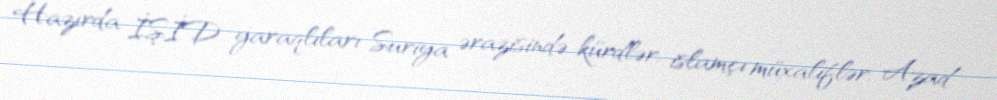
Hazırda İŞİD yaraqlıları Suriya ərazisində kürdlər, islamçı müxaliflər, Azad